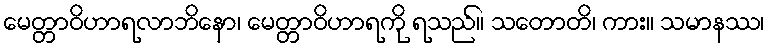
မေတ္တာဝိဟာရလာဘိနော၊ မေတ္တာဝိဟာရကို ရသည်။ သတောတိ၊ ကား။ သမာနဿ၊